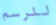
للرسم